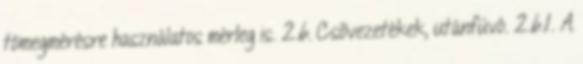
tömegmérésre használatos mérleg is. 2.6. Csõvezetékek, utánfúvó. 2.6.1. A